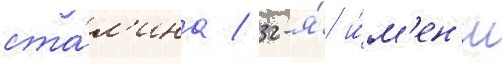
ста́л'ина / 32-я́ и́м'ен'и